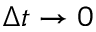
\Delta t \to 0